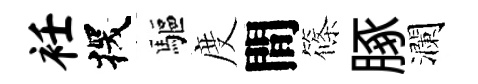
衽探驅度間篠䐁瀾